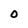
Character: 0